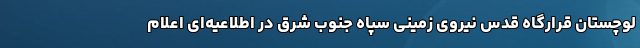
لوچستان قرارگاه قدس نیروی زمینی سپاه جنوب شرق در اطلاعیه‌ای اعلام